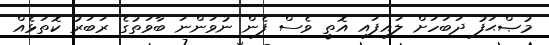
މުޞްޙަފު ދަބަހަށް ލައިފައި އޮތީ ވެސް ފެން ނުވަންނަ ބާވަތުގެ ރަބަރު ކޮތަޅެއް